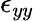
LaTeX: \epsilon_{yy}